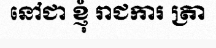
នៅជា ខ្ញុំ រាជការ ត្រា